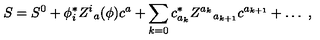
S = S ^ { 0 } + \phi _ { i } ^ { * } Z ^ { i } { } _ { a } ( \phi ) c ^ { a } + \sum _ { k = 0 } c _ { a _ { k } } ^ { * } Z ^ { a _ { k } } { } _ { a _ { k + 1 } } c ^ { a _ { k + 1 } } + \ldots \ ,